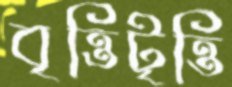
বৃত্তিটৃত্তি